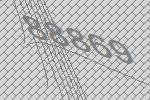
88869